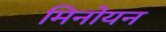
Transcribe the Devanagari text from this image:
मिनोयन